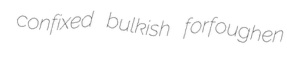
confixed bulkish forfoughen